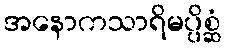
အနောကသာရိမပ္ပိစ္ဆံ